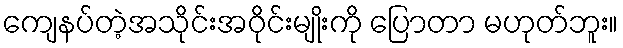
ကျေနပ်တဲ့အသိုင်းအဝိုင်းမျိုးကို ပြောတာ မဟုတ်ဘူး။